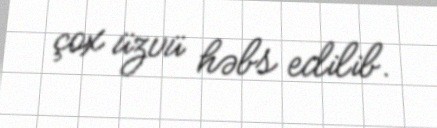
çox üzvü həbs edilib.